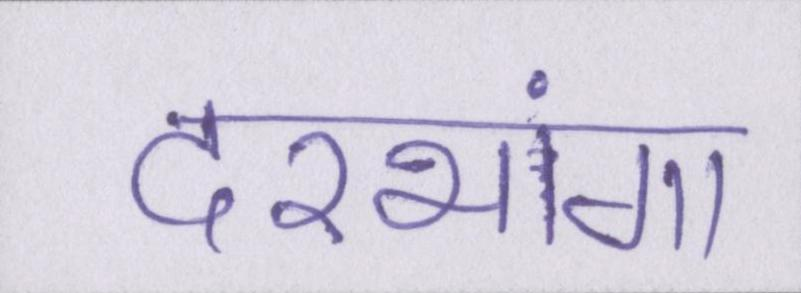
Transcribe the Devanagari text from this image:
दरभंगा